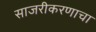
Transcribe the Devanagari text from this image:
साजरीकरणाचा